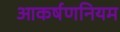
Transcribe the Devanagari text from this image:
आकर्षणनियम